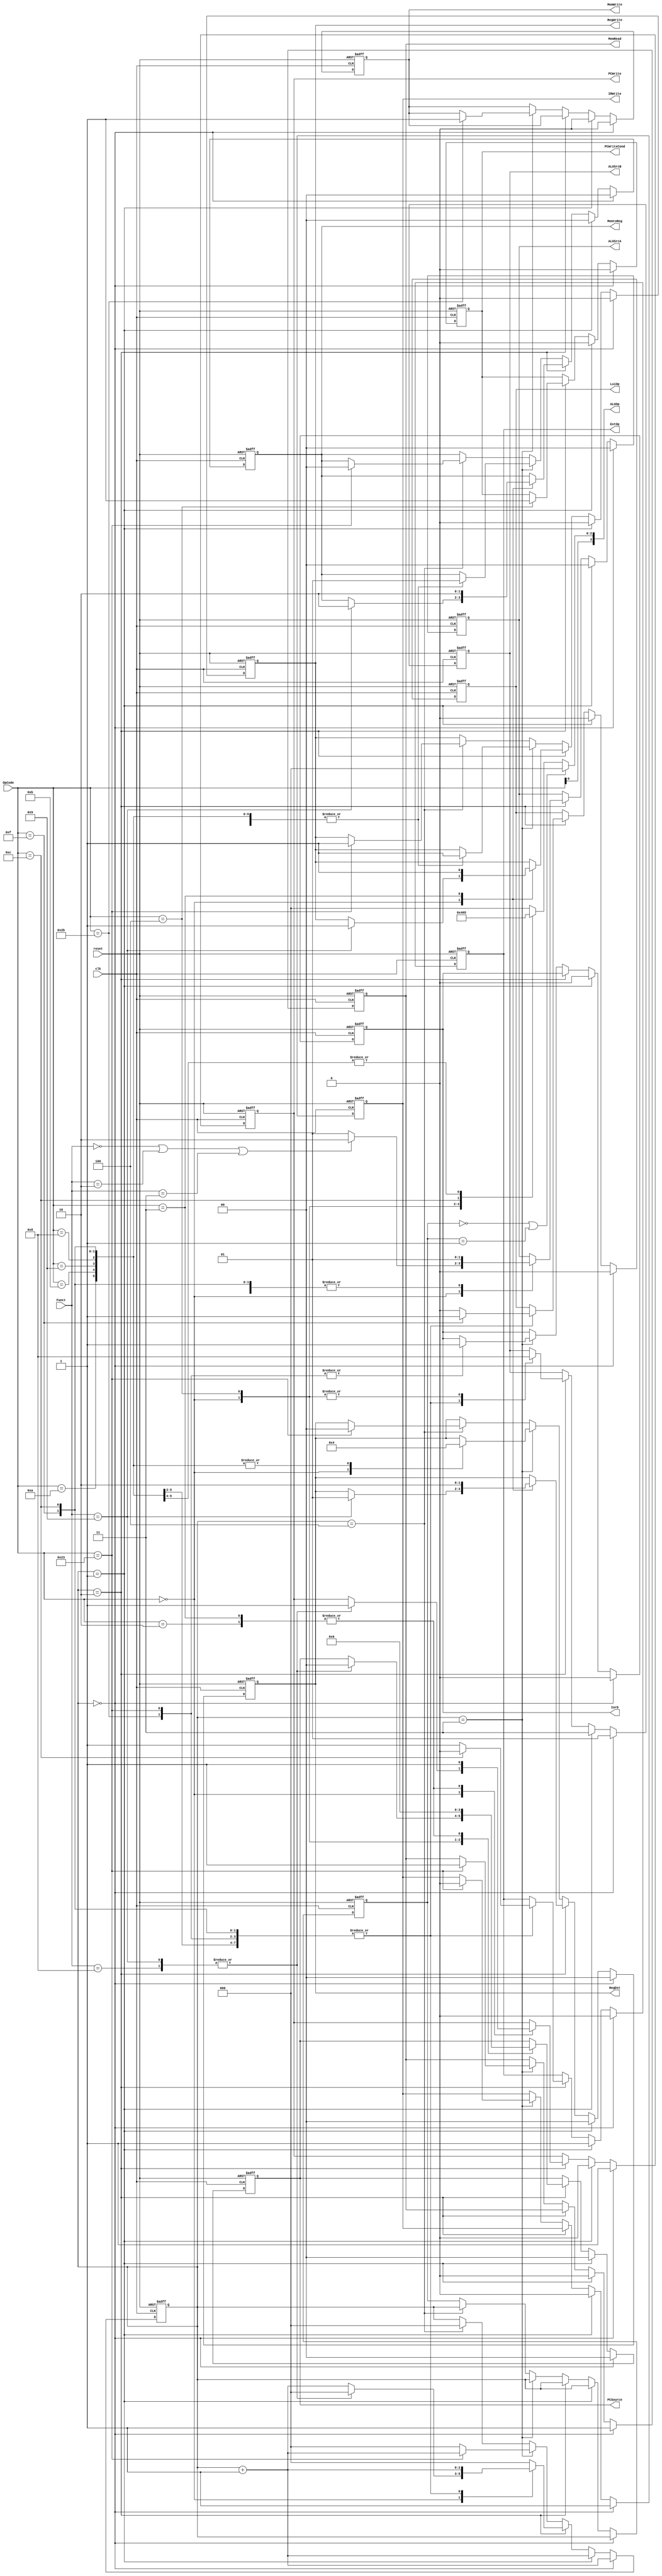
`timescale 1ns / 1ps
//////////////////////////////////////////////////////////////////////////////////
// Class: Fundamentals of Digital Logic and Processor
// Designer: Shulin Zeng, Shang Yang
// 
// Design Name: MultiCycleCPU
// Module Name: Controller
// Project Name: Multi-cycle-cpu
// Target Devices: 
// Tool Versions: 
// Description: 
// 
// Dependencies: 
// 
// Revision:
// Revision 0.01 - File Created
// Additional Comments:
// 
//////////////////////////////////////////////////////////////////////////////////


module Controller(reset, clk, OpCode, Funct, 
                PCWrite, PCWriteCond, IorD, MemWrite, MemRead,
                IRWrite, MemtoReg, RegDst, RegWrite, ExtOp, LuiOp,
                ALUSrcA, ALUSrcB, ALUOp, PCSource);
    //Input Clock Signals
    input reset;
    input clk;
    //Input Signals
    input  [5:0] OpCode;
    input  [5:0] Funct;
    //Output Control Signals
    output reg PCWrite;
    output reg PCWriteCond;
    output reg IorD;
    output reg MemWrite;
    output reg MemRead;
    output reg IRWrite;
    output reg [1:0] MemtoReg;
    output reg [1:0] RegDst;
    output reg RegWrite;
    output reg ExtOp;
    output reg LuiOp;
    output reg [1:0] ALUSrcA;
    output reg [1:0] ALUSrcB;
    output reg [3:0] ALUOp;
    output reg [1:0] PCSource;
      
     reg [2:0] state; //current state
     reg [2:0] next_state; //next_state
     parameter sIF = 3'b0 ,sID = 3'b1; 
     
    //--------------Your code below-----------------------

    always @(posedge reset or posedge clk) 
    begin
        if (reset) 
            begin
                state <= 3'b0;
                next_state <=3'b0;
                PCWrite <= 1'b0;
                PCWriteCond <= 1'b0;
                IorD <= 1'b0;
                MemWrite <= 1'b0;
                MemRead <= 1'b0;
                IRWrite <= 1'b0;
                MemtoReg <= 2'b00;
                RegDst <= 2'b0;
                RegWrite <= 1'b0;
                ExtOp <= 1'b0;
                LuiOp <= 1'b0;
                ALUSrcA <= 2'b0;
                ALUSrcB <= 2'b0;
                PCSource <=2'b0;
            end
        else
        begin
            if (next_state == sIF) 
                begin
                    
                    state <= next_state;
                    next_state <= next_state + 3'b1;
                    
                    MemRead <= 1'b1;
                    IRWrite <= 1'b1;
                    PCWrite <= 1'b1;
                    PCSource <= 2'b00;
                    ALUSrcA <= 2'b00;
                    IorD <= 1'b0;
                    ALUSrcB <= 2'b01;
        
                    PCWriteCond <= 1'b0;
                    MemWrite <= 1'b0;
                    MemtoReg <= 2'b00;
                    RegDst <= 2'b0;
                    RegWrite <= 1'b0;
                    ExtOp <= 1'b0;
                    LuiOp <= 1'b0;
                end
                
            else if (next_state == sID) 
                begin
                    state <= next_state;
                    next_state <= next_state + 3'b1;
                    ALUSrcA <= 2'b00;
                    ALUSrcB <= 2'b11;    
                    ExtOp <= 1'b1;
                    
                    PCWrite <= 1'b0;
                    PCWriteCond <= 1'b0;
                    IorD <= 1'b0;
                    MemWrite <= 1'b0;
                    MemRead <= 1'b0;
                    IRWrite <= 1'b0;
                    MemtoReg <= 2'b00;
                    RegDst <= 2'b0;
                    RegWrite <= 1'b0;
                    LuiOp <= 1'b0;
                    PCSource <=2'b0;
                end
            else if (next_state == 3'd2) 
                begin
                    state <= next_state;
                    case(OpCode)
                        6'h00: 
                            begin
                                ALUSrcA <= (Funct==6'h00 || Funct==6'h02 || Funct==6'h03 ) ? 2'b10 : 2'b01; 
                                ALUSrcB <= 2'b00;                       
                                case(Funct)
                                    6'h08:      
                                        begin
                                            PCSource <= 2'b00;
                                            PCWrite  <= 1'b1;
                                            next_state <= sIF;
                                        end
                                    6'h09:        
                                        begin
                                            PCSource <= 2'b00;
                                            PCWrite  <= 1'b1;
                                            next_state <= sIF;
                                            
                                            RegDst <= 2'b01;   
                                            MemtoReg <= 2'b10;
                                            RegWrite <= 1'b1;
                                        end
                                    default:
                                        begin
                                            next_state <= next_state + 3'b1;
                                        end
                                endcase
                            end
                        6'h23,6'h2b,6'h0f,6'h08,6'h09,6'h0c,6'h0b,6'h0a:      
                            begin
                                ALUSrcA <= 2'b01;   
                                ALUSrcB <= 2'b10;   
                                ExtOp <=((OpCode==6'h0c)? 0 : 1);      
                                LuiOp <=((OpCode==6'h0f)? 1 : 0);      
                                next_state <= next_state +3'b1;
                            end
                        6'h04: 
                            begin
                                PCWriteCond <= 1'b1;
                                ALUSrcA <= 2'b01;
                                ALUSrcB <= 2'b00;
                                PCSource <= 2'b01;
                                next_state <= sIF;
                            end
                        6'h02: 
                            begin
                                PCWrite <= 1'b1;
                                PCSource <= 2'b10;
                                next_state <= sIF;
                            end
                        6'h03: 
                            begin
                                PCWrite <= 1'b1;
                                PCSource <= 2'b10;
                                                               
                                RegDst <=  2'b10;   
                                MemtoReg <= 2'b10;
                                RegWrite <= 1'b1;
                                
                                next_state <= sIF;
                            end 
                        default: 
                            begin
                                next_state <= sIF;
                            end
                    endcase
                end
            else if (next_state == 3'd3) 
                begin
                    state<=next_state;
                    case(OpCode)
                        6'h00: 
                            begin
                                RegWrite <= 1'b1;
                                RegDst <= 2'b01;
                                MemtoReg <= 2'b01;
                                next_state <= sIF;
                            end
                        6'h2b:      
                            begin
                                MemWrite<=1'b1;
                                IorD <=1'b1;
                                next_state <= sIF;
                            end
                        6'h08,6'h09,6'h0c,6'h0b,6'h0a,6'h0f:      
                            begin
                                RegWrite <= 1'b1;
                                RegDst <= 2'b00;
                                MemtoReg <= 2'b01;
                                next_state <= sIF;
                            end
                        6'h23:      
                            begin
                                MemRead <= 1'b1;
                                IorD <= 1'b1;
                                IRWrite <=1'b0;
                                next_state <= next_state +3'b001;
                            end
                        default: 
                            begin
                                next_state <= sIF;
                            end
                    endcase
        
                end
            else if (next_state == 3'd4) 
                begin
                    state<=next_state;
                    case(OpCode)
                        6'h23: 
                            begin
                                RegWrite <= 1'b1;
                                RegDst <= 2'b00;
                                MemtoReg <= 2'b00;
                                next_state <= sIF;
                            end
                        default: 
                            begin
                                next_state <= sIF;
                            end
                    endcase
                 end
         end
    end
    
    
    //--------------Your code below-----------------------
    //ALUOp

    always @(*) begin
        ALUOp[3] = OpCode[0];
        if (state == sIF || state == sID) begin
            ALUOp[2:0] = 3'b000;
        end 
        else begin
            case(OpCode)
                6'h00: ALUOp[2:0] = 3'b010;
                6'h04: ALUOp[2:0] = 3'b001;
                6'h0c: ALUOp[2:0] = 3'b100;
                6'h0a, 6'h0b: ALUOp[2:0] = 3'b101;
                default: ALUOp[2:0] = 3'b000;
            endcase
        end
    end

    //--------------Your code above-----------------------

endmodule